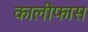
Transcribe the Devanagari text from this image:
कालीफास